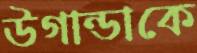
উগান্ডাকে